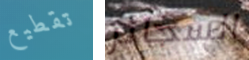
تقطيع السجائر